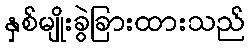
နှစ်မျိုးခွဲခြားထားသည်